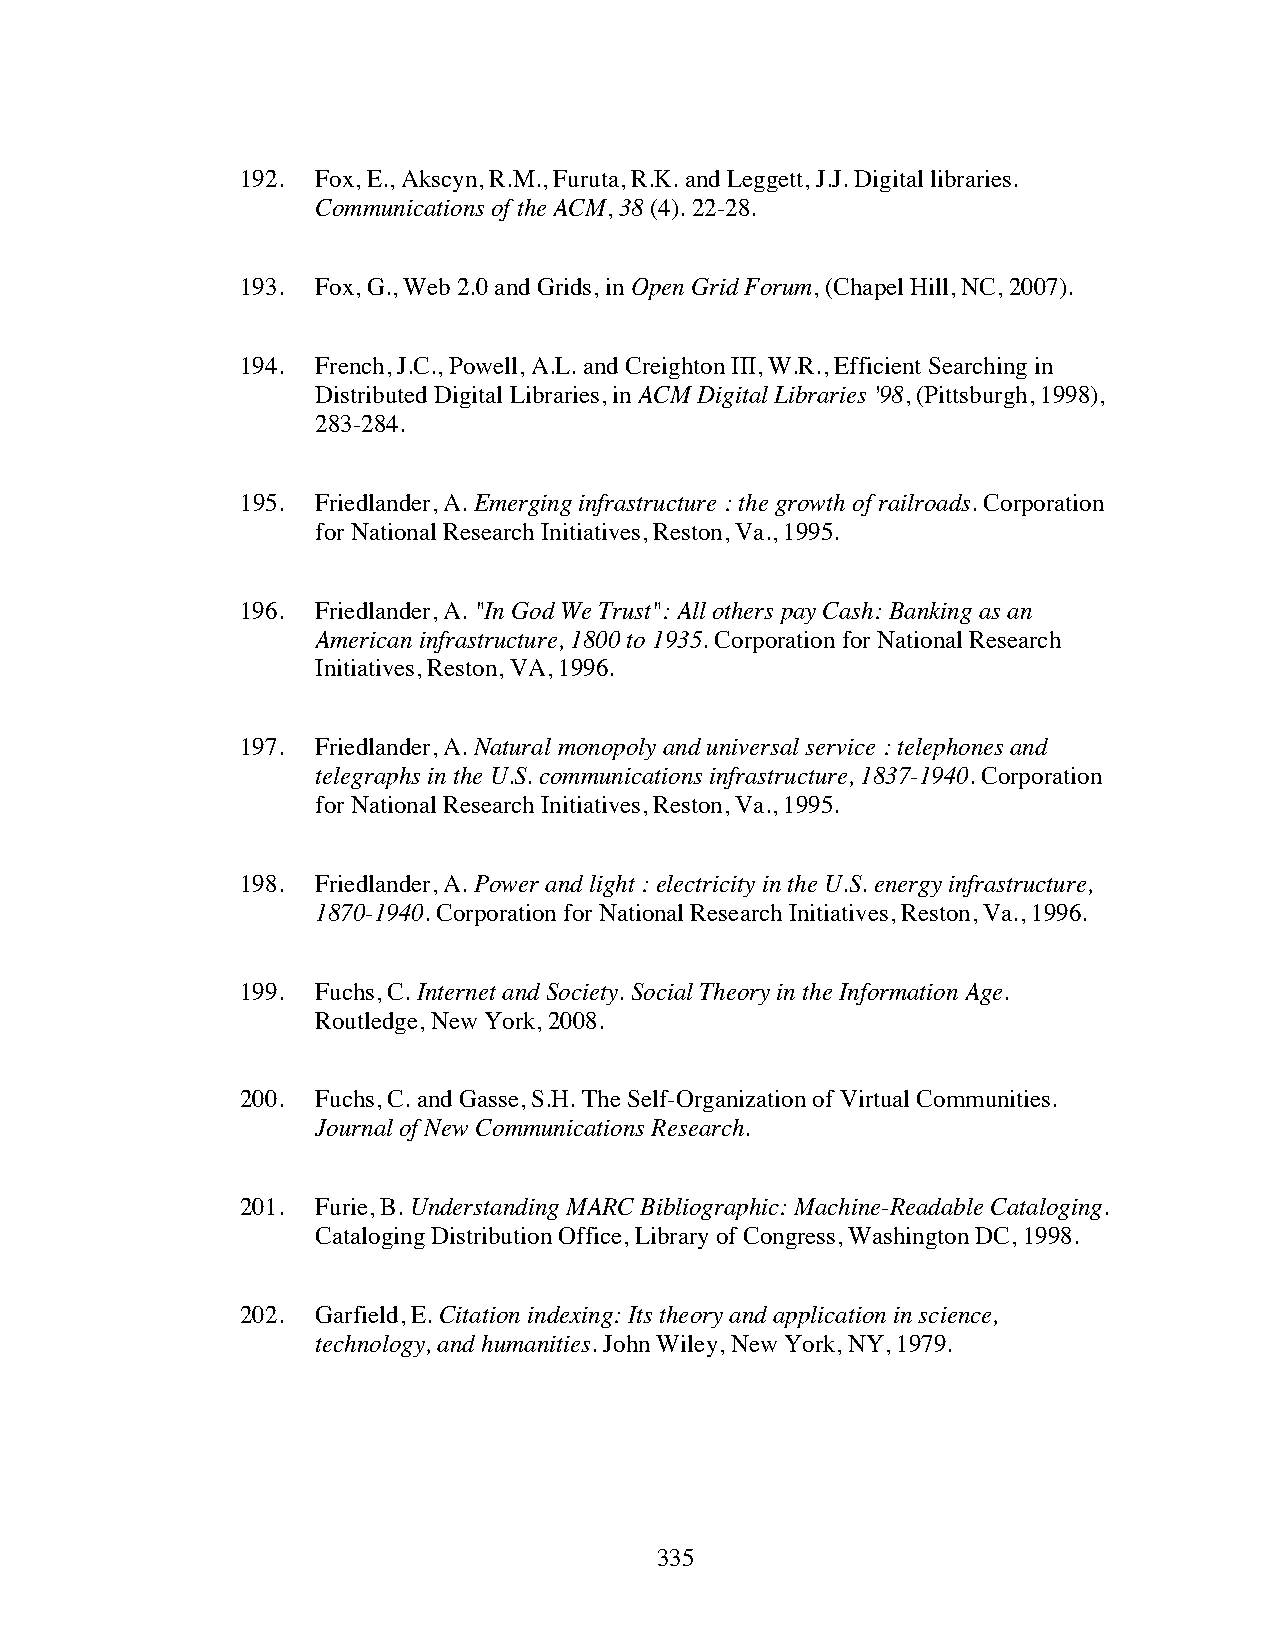
192. Fox, E., Akscyn, R.M., Furuta, R.K. and Leggett, J.J. Digital libraries.
 Communications of the ACM, 38 (4). 22-28.
 193. Fox, G., Web 2.0 and Grids, in Open Grid Forum, (Chapel Hill, NC, 2007).
 194. French, J.C., Powell, A.L. and Creighton III, W.R., Efficient Searching in
 Distributed Digital Libraries, in ACM Digital Libraries '98, (Pittsburgh, 1998),
 283-284.
 195. Friedlander, A. Emerging infrastructure : the growth of railroads. Corporation
 for National Research Initiatives, Reston, Va., 1995.
 196. Friedlander, A. "In God We Trust": All others pay Cash: Banking as an
 American infrastructure, 1800 to 1935. Corporation for National Research
 Initiatives, Reston, VA, 1996.
 197. Friedlander, A. Natural monopoly and universal service : telephones and
 telegraphs in the U.S. communications infrastructure, 1837-1940. Corporation
 for National Research Initiatives, Reston, Va., 1995.
 198. Friedlander, A. Power and light : electricity in the U.S. energy infrastructure,
 1870-1940. Corporation for National Research Initiatives, Reston, Va., 1996.
 199. Fuchs, C. Internet and Society. Social Theory in the Information Age.
 Routledge, New York, 2008.
 200. Fuchs, C. and Gasse, S.H. The Self-Organization of Virtual Communities.
 Journal of New Communications Research.
 201. Furie, B. Understanding MARC Bibliographic: Machine-Readable Cataloging.
 Cataloging Distribution Office, Library of Congress, Washington DC, 1998.
 202. Garfield, E. Citation indexing: Its theory and application in science,
 technology, and humanities. John Wiley, New York, NY, 1979.
 335